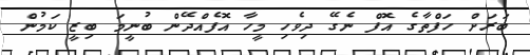
ބަރަށް ހަފްތާގެ އޮފް ނެގޭ ދިވެހި މީހާ އޮފެއްދޭން ބުނީމަ ބިޒީ ކަމުން